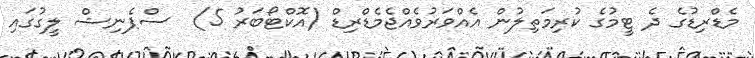
މެޑްރިޑުގެ ދެ ޓީމުގެ ކުރިމަތިލުން އެއްވަރުވެއްޖެމެޑްރިޑް (އޮކްޓޯބަރު 5)  ސްޕެނިޝް ލީގުގައި